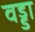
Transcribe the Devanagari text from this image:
वड्डा